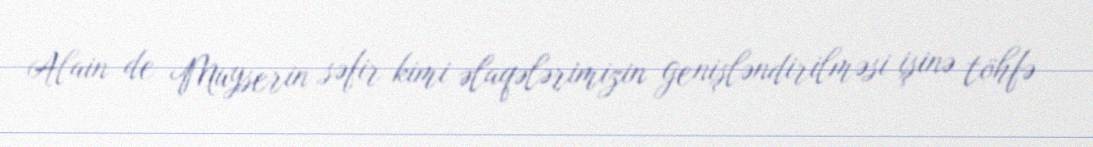
Alain de Muyserin səfir kimi əlaqələrimizin genişləndirilməsi işinə töhfə